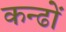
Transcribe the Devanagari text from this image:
कन्ढों